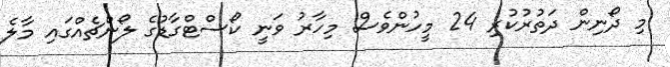
މި ދޯނިން ދަތުރުކުރި 24 މީހުންވެސް މިހާރު ވަނީ ކޯސްޓްގާޑުގެ ލޯންޗެއްގައި މާލެ